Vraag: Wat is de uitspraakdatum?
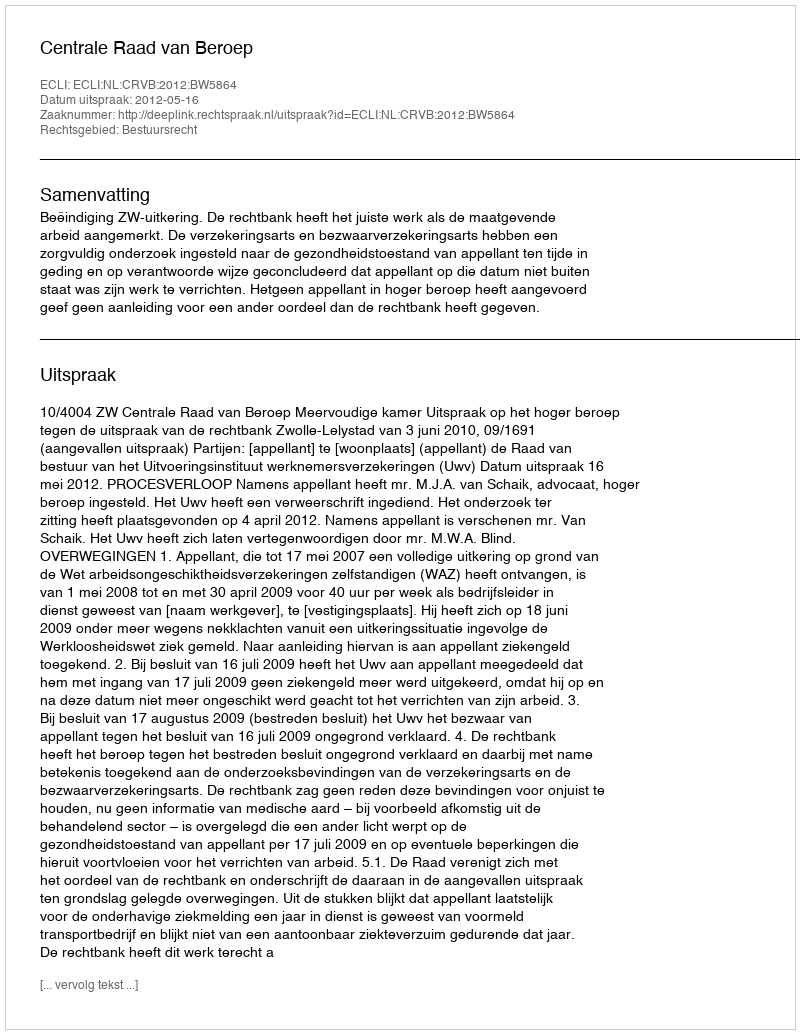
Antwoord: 2012-05-16